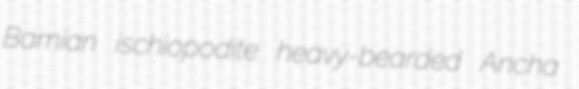
Bamian ischiopodite heavy-bearded Ancha